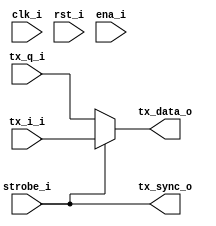
module dac_interface(clk_i,rst_i,ena_i,strobe_i,tx_i_i,tx_q_i,tx_data_o,tx_sync_o);
   input clk_i;
   input rst_i;
   input ena_i;
   input strobe_i;
   
   input [13:0] tx_i_i;
   input [13:0] tx_q_i;

   output [13:0] tx_data_o;
   output 	 tx_sync_o;

`ifdef TX_RATE_MAX
   wire clk128;
   reg clk64_d;
   reg [13:0] tx_data_o;
   
   // Create a 128 MHz clock
   dacpll pll128(.areset(rst_i),.inclk0(clk_i),.c0(clk128));

   // Register the clk64 clock in the clk128 domain
   always @(posedge clk128)
     clk64_d <= clk_i;

   // Register the tx data in the clk128 domain
   always @(posedge clk128)
     tx_data_o <= clk64_d ? tx_i_i : tx_q_i;

   assign tx_sync_o = clk64_d;
   

`else // !`ifdef TX_RATE_MAX
   assign tx_data_o = strobe_i ? tx_i_i : tx_q_i;
   assign tx_sync_o = strobe_i;
`endif // !`ifdef TX_RATE_MAX
   
endmodule